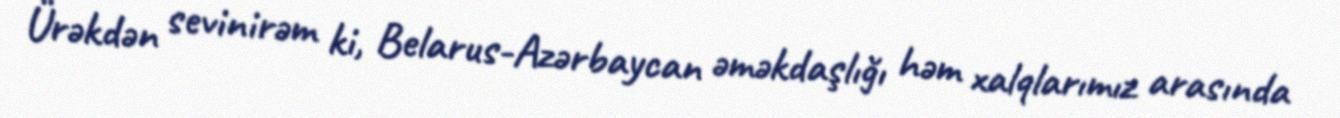
Ürəkdən sevinirəm ki, Belarus-Azərbaycan əməkdaşlığı həm xalqlarımız arasında